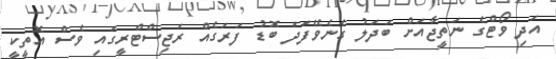
އަދި ވޯޓްގެ ނަތީޖާއަށް ބަދަލު ގެނެވޭފަދަ ބޮޑު ފަރަގެއް ރަޖިސްޓްރީގައި ވެސް އޮތީކީ